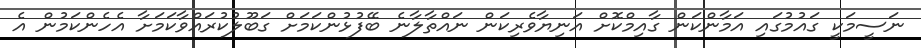
ނަސީމަކީ ގައުމުގައި އަމާންކަން ގާއިމްކޮށް އަނިޔާވެރިކަން ނައްތާލާނެ ބޭފުޅުންކަމަށް ގަބޫލުކުރައްވާކަމަށާ އެހެންކަމުން އެ